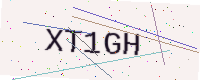
Text: XT1GH